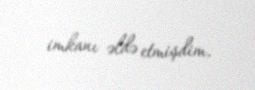
imkanı əldə etmişdim.